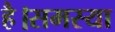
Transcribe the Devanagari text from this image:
है।समस्या